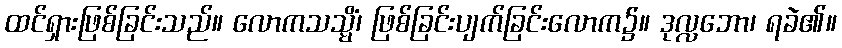
ထင်ရှားဖြစ်ခြင်းသည်။ လောကသသ္မိံ၊ ဖြစ်ခြင်းပျက်ခြင်းလောက၌။ ဒုလ္လဘော၊ ရခဲ၏။